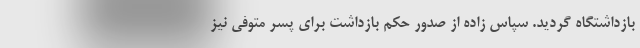
بازداشتگاه گردید. سپاس زاده از صدور حکم بازداشت برای پسر متوفی نیز